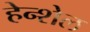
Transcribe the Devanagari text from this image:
हेन्शेल